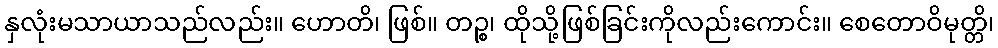
နှလုံးမသာယာသည်လည်း။ ဟောတိ၊ ဖြစ်။ တဉ္စ၊ ထိုသို့ဖြစ်ခြင်းကိုလည်းကောင်း။ စေတောဝိမုတ္တိ၊